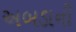
અબડાની